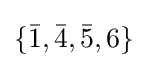
\{{\bar {1}},{\bar {4}},{\bar {5}},6\}